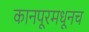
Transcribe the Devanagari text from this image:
कानपूरमधूनच